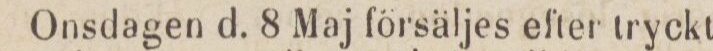
Onsdagen d. 8 Maj försäljes efter tryckt